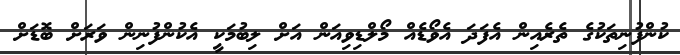
ކުންފުނިތަކުގެ ތެރެއިން އެފަދަ އެވޯޑެއް މޯލްޑިވިއަން އަށް ލިބުމަކީ އެކުންފުނިން ވަރަށް ބޮޑަށް